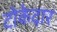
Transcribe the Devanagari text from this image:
टोकेदार